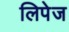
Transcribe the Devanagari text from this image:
लिपेज